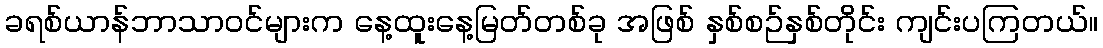
ခရစ်ယာန်ဘာသာဝင်များက နေ့ထူးနေ့မြတ်တစ်ခု အဖြစ် နှစ်စဉ်နှစ်တိုင်း ကျင်းပကြတယ်။